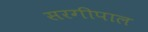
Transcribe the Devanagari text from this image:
सरगीपाल